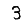
Digit: 3